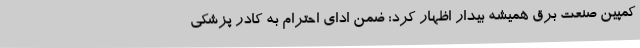
کمپین صنعت برق همیشه بیدار اظهار کرد: ضمن ادای احترام به کادر پزشکی